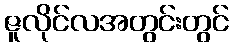
ဇူလိုင်လအတွင်းတွင်